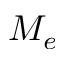
M _ { e }